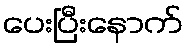
ပေးပြီးနောက်